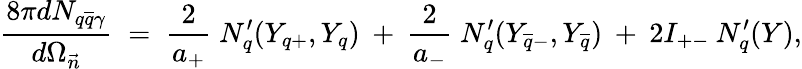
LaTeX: \frac{8\pi dN_{q\overline{{{q}}}\gamma}}{d\Omega_{\vec{n}}}\; =\; \frac{2}{a_{+}}\; N_{q}^{\prime}(Y_{q+},Y_{q})\: +\: \frac{2}{a_{-}}\; N_{q}^{\prime}(Y_{\overline{{{q}}}-},Y_{\overline{{{q}}}})\: +\: 2I_{+-}\: N_{q}^{\prime}(Y),